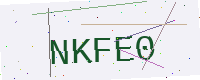
Text: NKFE0